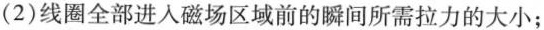
(2)线圈全部进入磁场区域前的瞬间所需拉力的大小；